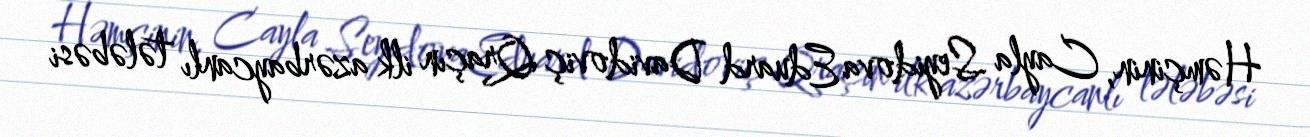
Həmçinin, Cayla Seyidova Eduard Davidoviç Qraçın ilk azərbaycanlı tələbəsi